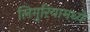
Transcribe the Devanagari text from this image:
लिगुरियामध्ये